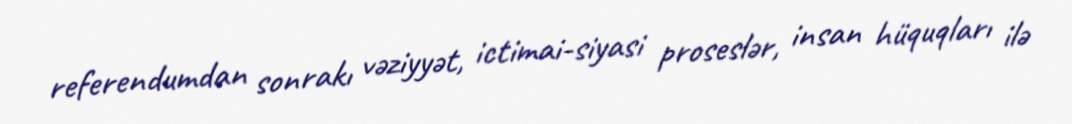
referendumdan sonrakı vəziyyət, ictimai-siyasi proseslər, insan hüquqları ilə